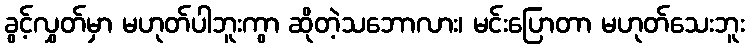
ခွင့်လွှတ်မှာ မဟုတ်ပါဘူးကွာ ဆိုတဲ့သဘောလား၊ မင်းပြောတာ မဟုတ်သေးဘူး